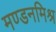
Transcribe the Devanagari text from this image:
मण्डनमिश्र